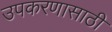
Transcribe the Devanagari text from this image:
उपकरणासाठी